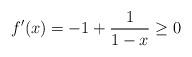
LaTeX: \begin{align*}f'(x) = -1+\frac{1}{1-x} \geq 0\end{align*}